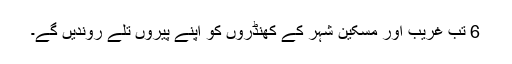
6 تب غریب اور مسکین شہر کے کھنڈروں کو اپنے پیروں تلے روندیں گے۔